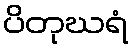
ပိတုဃရံ